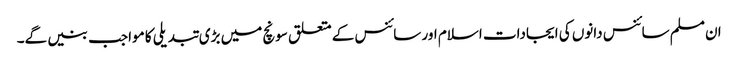
ان مسلم سائنس دانوں کی ایجادات اسلام اور سائنس کے متعلق سونچ میں بڑی تبدیلی کا مواجب بنیں گے۔